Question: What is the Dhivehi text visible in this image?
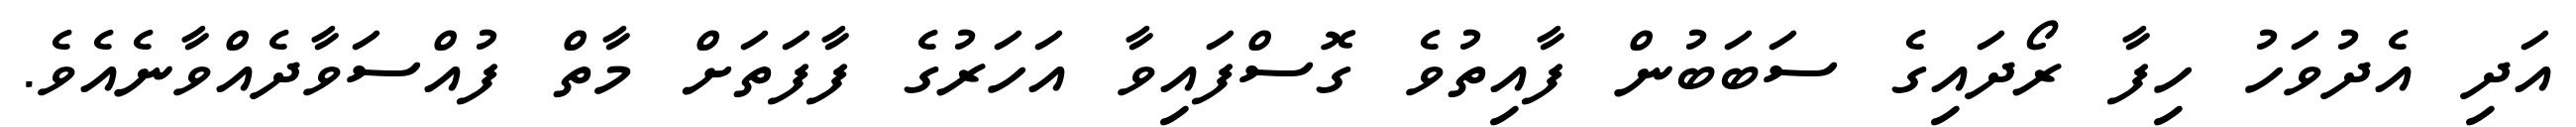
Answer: އަދި އެދުވަހު ހިފާ ރޯދައިގެ ސަބަބުން ފާއިތުވެ ގޮސްފައިވާ އަހަރުގެ ފާފަތަށް މާތް ފުއްސަވާދެއްވާނެއެވެ.